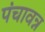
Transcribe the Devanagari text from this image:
पंचावन्न